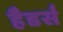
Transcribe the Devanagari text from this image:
हैडर्स